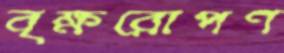
বৃক্ষরোপণ